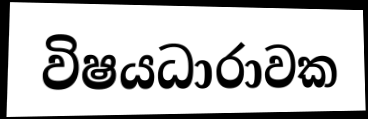
විෂයධාරාවක